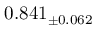
0 . 8 4 1 _ { \pm 0 . 0 6 2 }